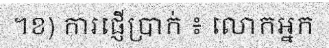
។ខ) ការផ្ញើប្រាក់ ៖ លោកអ្នក